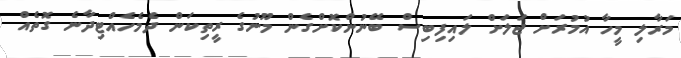
މަރާލި މީހާ އުމުރަށް ޖަލަށް ލައިފިބިސް ބޭނުންކޮށްގެން މޫނުގެ ރީތިކަން ދެމެހެއްޓިދާނެ ގޮތެއް